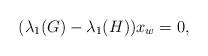
LaTeX: \begin{align*}(\lambda_1(G) - \lambda_1(H)) x_w = 0,\end{align*}